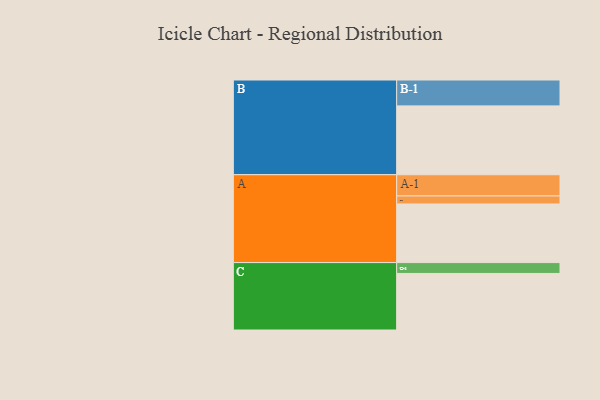
{"axis": {"x": "Segment", "y": "Value"}, "legend": ["", "A", "B", "C"], "data": [{"x": "A", "y": 453, "type": ""}, {"x": "B", "y": 532, "type": ""}, {"x": "C", "y": 437, "type": ""}, {"x": "A-1", "y": 164, "type": "A"}, {"x": "A-2", "y": 62, "type": "A"}, {"x": "B-1", "y": 200, "type": "B"}, {"x": "C-1", "y": 84, "type": "C"}]}